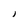
Character: J